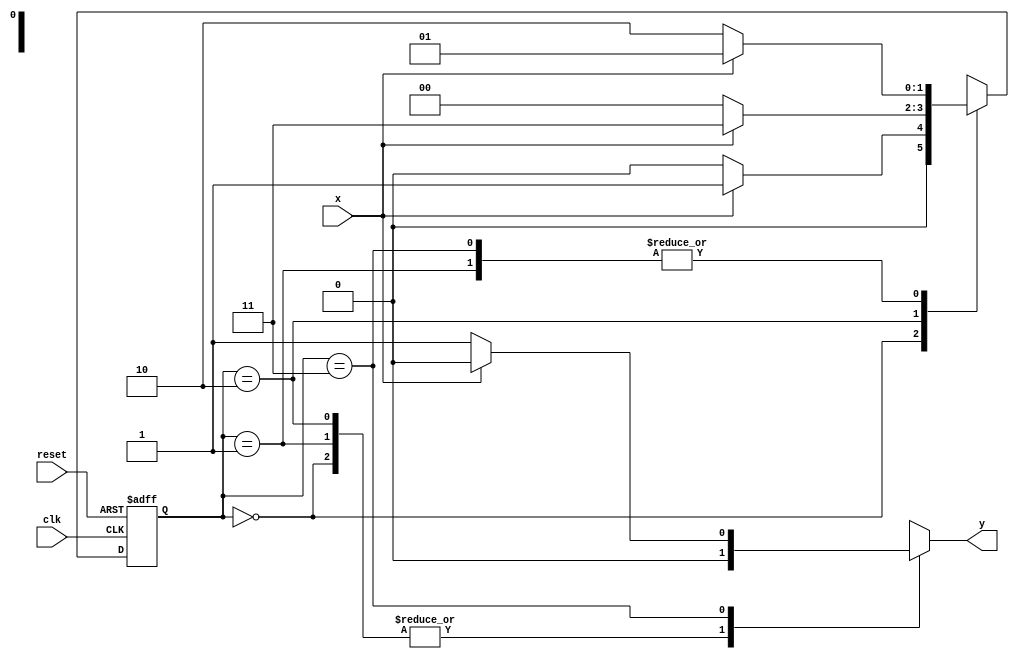
// Nome: Roger Rubens Machado
// -------------------------

// --------------
// --- Mealy FSM
// --------------

//Mealy FSM Diagram 1010

// constant definitions
`define found 1
`define notfound 0

// FSM by Mealy
module mealy1010 ( y, x, clk, reset );
output y;
input x;
input clk;
input reset;
reg y;
parameter // state identifiers

start = 2'b00,
id1 = 2'b01,
id10 = 2'b10,
id11 = 2'b11;

reg [1:0] E1; // current state variables
reg [1:0] E2; // next state logic output

// next state logic
always @( x or E1 )
begin
y = `notfound;
case ( E1 )
start:
if ( x )
E2 = id1;
else
E2 = start;

id1:
if ( x )
E2 = id1;
else
E2 = id10;

id10:
if ( x )
E2 = id11;
else
E2 = start;

id11:
if ( x )
E2 = id1;
else
begin
E2 = id10;
y = `found;
end
default: // undefined state
E2 = 2'bxx;
endcase
end // always at signal or state changing

// state variables
always @( posedge clk or negedge reset )
begin
if ( reset )
E1 = E2; // updates current state
else
E1 = 0; // reset
end // always at signal changing
endmodule // mealy1010